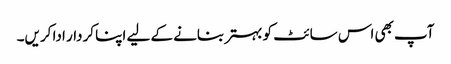
آپ بھی اس سائٹ کو بہتر بنانے کے لیے اپنا کردار ادا کریں۔